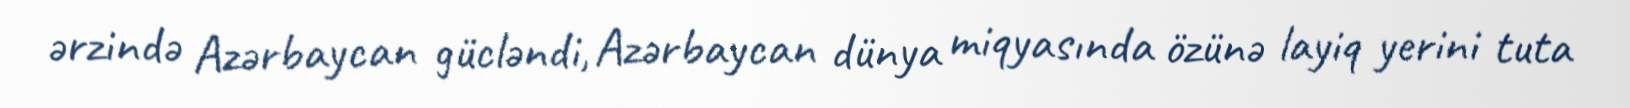
ərzində Azərbaycan gücləndi, Azərbaycan dünya miqyasında özünə layiq yerini tuta